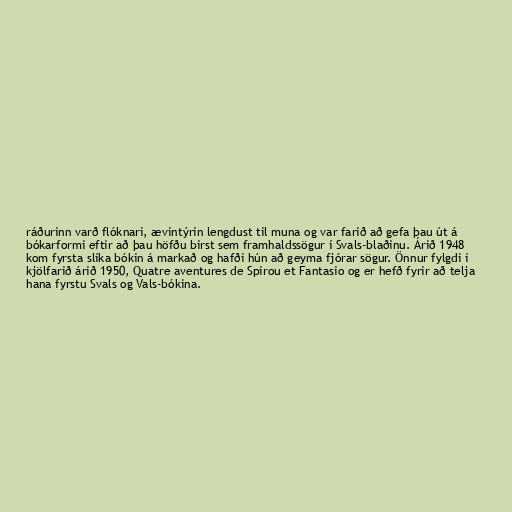
ráðurinn varð flóknari, ævintýrin lengdust til muna og var farið að gefa þau út á
bókarformi eftir að þau höfðu birst sem framhaldssögur í Svals-blaðinu. Árið 1948
kom fyrsta slíka bókin á markað og hafði hún að geyma fjórar sögur. Önnur fylgdi í
kjölfarið árið 1950, Quatre aventures de Spirou et Fantasio og er hefð fyrir að telja
hana fyrstu Svals og Vals-bókina.